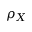
\rho _ { X }